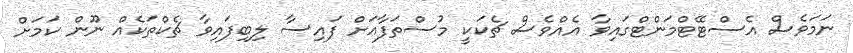
ނަމަވެސް އެސްޓޭޓްމަންޓްގައިވާ އެއްވެސް ޗެކަކީ މުސްތަފާއަށް ފައިސާ ލިބިފައިވާ ޗެކްތަކެއް ނޫން ކަމަށް